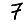
Digit: 7